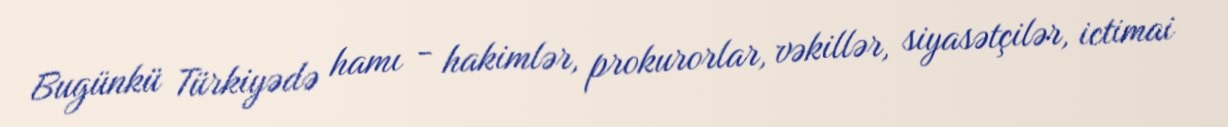
Bugünkü Türkiyədə hamı - hakimlər, prokurorlar, vəkillər, siyasətçilər, ictimai